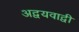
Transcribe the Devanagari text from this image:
अद्वयवाद्वी